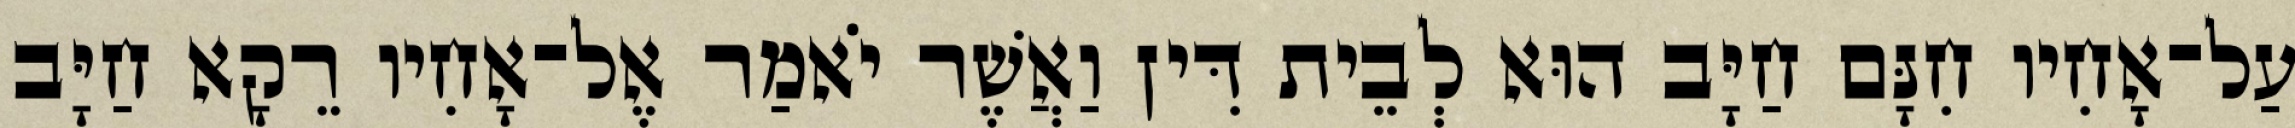
עַל־אָחִיו חִנָּם חַיָּב הוּא לְבֵית דִּין וַאֲשֶׁר יֹאמַר אֶל־אָחִיו רֵקָא חַיָּב